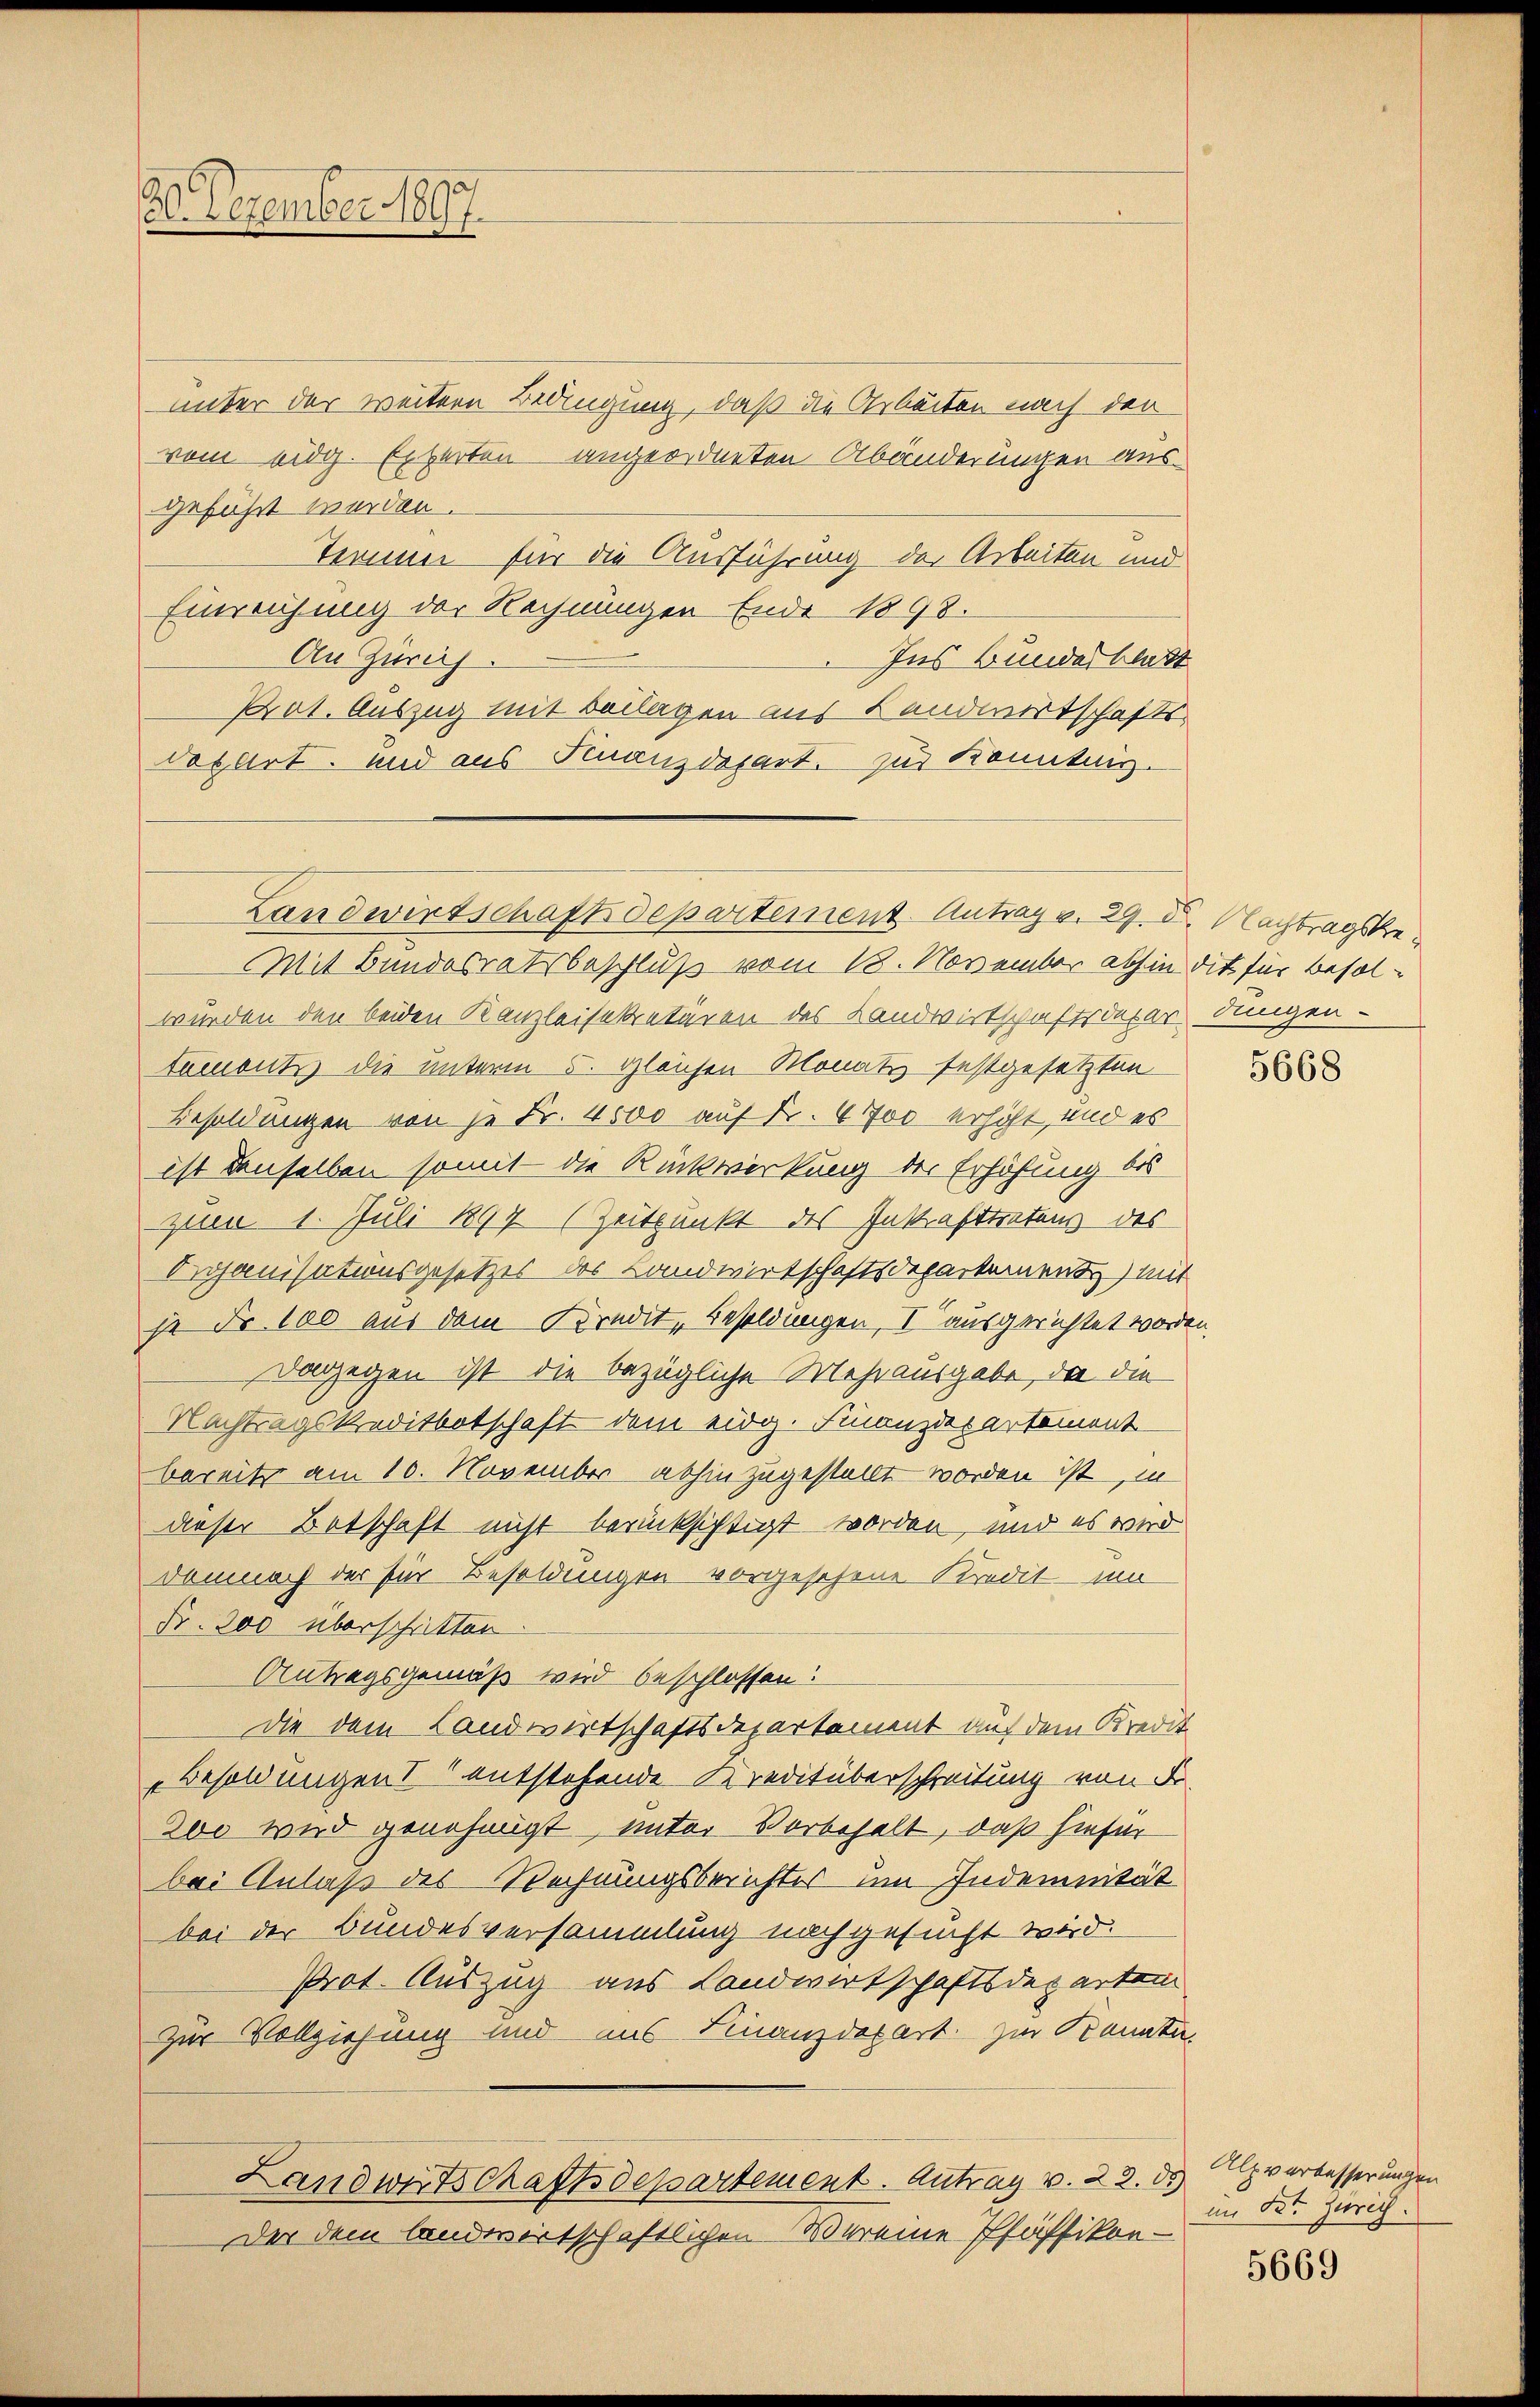
86. Dezember 1897.

unter der weitern Bedingung, daß die Arbeiten nach der
vom eidg. Experten angeordneten Abänderungen aus
geführt werden.
Ternen für die Ausführung der Arbeiten und
Einreichung der Rechnungen Ende 1898.
An Zürich.
Ins Bundesblatt
Prat. Auszug mit Beilagen aus Landwirtschafts-
daplirt, und aus Finanzdepart. zur Kenntnis.

Mit Bundesratsbeschluß vom 18. November abhin dit für besolwurden den beiden Kanzleisekretären des Landwirtschaftsdepar angen-
taments die unterm 5. gleichen Monats festgesetzten
Besoldungen von je Fr. 4000 auf Fr. 4700 erhöht, und es
ist denselben somit die Rückwirkung der Erhöhung bis
zum 1. Juli 1897 (Zeitpunkt des Inkrafttretung des
Organisationsgesetzes der Landwirtschaftsdepartement) mit
je Fr. 100 aus dem Kredit, Besoldungen, V ausgerichtet worden.
Dagegen ist die bezügliche Mehrausgabe, da die
Nachtragskreditbotschaft dem eidg. Finanzdepartement
bereits am 10. November abhin zugestellt worden ist, in
dieser Betschaft nicht berücksichtigt worden, und es wird
Demnach der für Besoldungen vorgesehene Kredit in
Nr. 300 überschritten
Antragsgemäß wird beschlossen!
die dem Landwirtschaftsdepartement auf dem Kredit
Besoldungen entstehende Kreditüberschreitung von Fr
200 wird genehmigt, unter Vorbehalt, daß hieser
bei Anlaß des Rechnungsberichtes um Indemnität
bei der Bundesversammlung nachgesucht wird.
Prot. Auszug aus Landwirtschaftsdeparten
zur Vollziehung und ins Finanzdepart zur Kenntn
Landwirtschaftsdepartement. Antrag v. 22. ds
Der dem landwirtschaftlichen Vereine Pfäffikon -

Landwirtschaft departement. Antrag v. 29. X. Nachtragste

5668

Alpverbesserungen
im Betr. Zürich.

5669